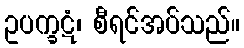
ဥပက္ခဋံ၊ စီရင်အပ်သည်။